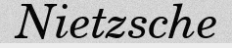
Nietzsche